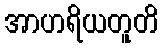
အာဟရိယတူတိ